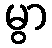
မွာ